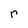
Character: r